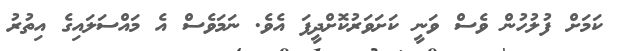
ކަމަށް ފުލުހުން ވެސް ވަނީ ކަށަވަރުކޮށްދީފަ އެވެ. ނަމަވެސް އެ މައްސަލައިގެ އިތުރު